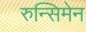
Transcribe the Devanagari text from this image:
रुन्सिमेन